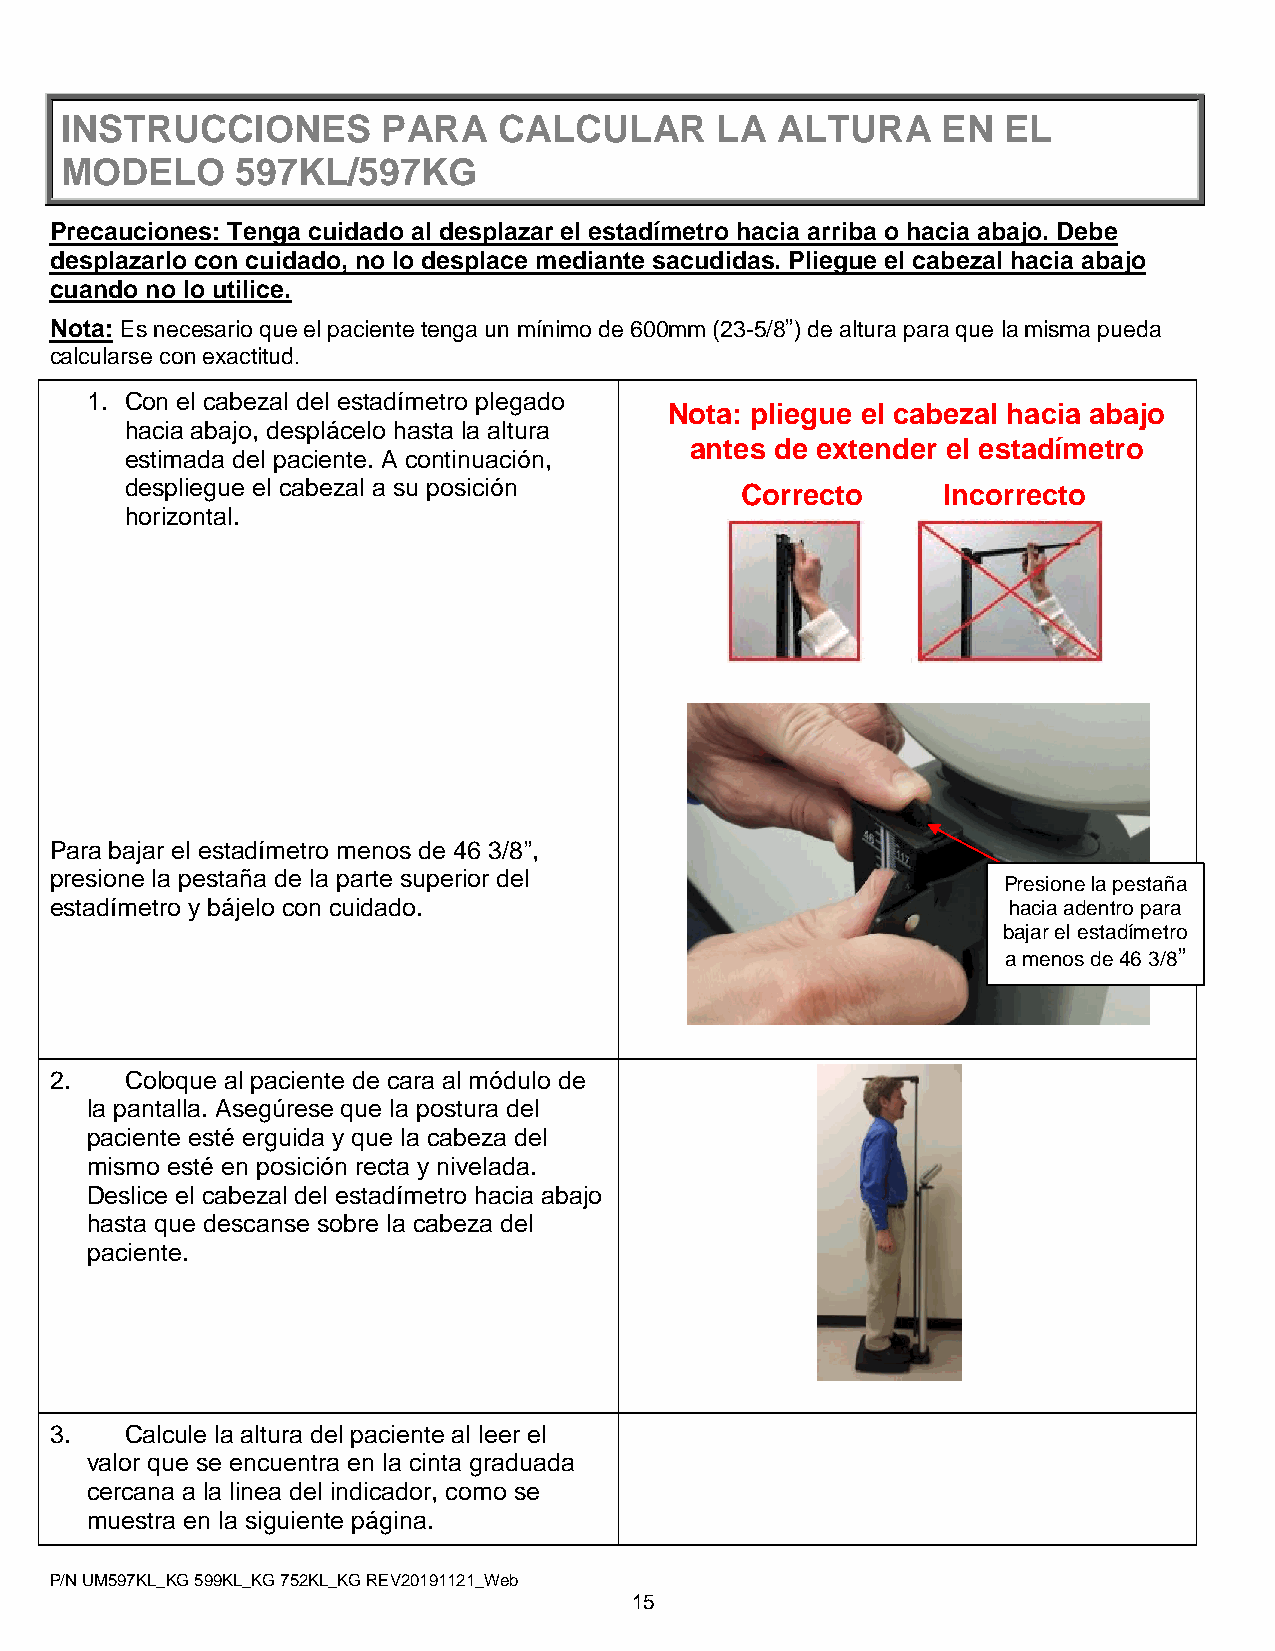
INSTRUCCIONES        PARA    CALCULAR      LA  ALTURA     EN   EL
 MODELO      597KL/597KG
 Precauciones: Tenga cuidado al desplazar el estadímetro hacia arriba o hacia abajo. Debe
 desplazarlo con cuidado, no lo desplace mediante sacudidas. Pliegue el cabezal hacia abajo
 cuando no lo utilice.
 Nota: Es necesario que el paciente tenga un mínimo de 600mm (23-5/8”) de altura para que la misma pueda
 calcularse con exactitud.
 1. Con el cabezal del estadímetro plegado
 Nota: pliegue el cabezal hacia abajo
 hacia abajo, desplácelo hasta la altura
 antes de extender el estadímetro
 estimada del paciente. A continuación,
 despliegue el cabezal a su posición      Correcto     Incorrecto
 horizontal.
 Para bajar el estadímetro menos de 46 3/8”,
 presione la pestaña de la parte superior del
 Presione la pestaña
 estadímetro y bájelo con cuidado.                               hacia adentro para
 bajar el estadímetro
 a menos de 46 3/8”
 2.   Coloque al paciente de cara al módulo de
 la pantalla. Asegúrese que la postura del
 paciente esté erguida y que la cabeza del
 mismo esté en posición recta y nivelada.
 Deslice el cabezal del estadímetro hacia abajo
 hasta que descanse sobre la cabeza del
 paciente.
 3.   Calcule la altura del paciente al leer el
 valor que se encuentra en la cinta graduada
 cercana a la linea del indicador, como se
 muestra en la siguiente página.
 P/N UM597KL_KG 599KL_KG 752KL_KG REV20191121_Web
 15